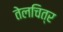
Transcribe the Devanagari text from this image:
तेलचित्र